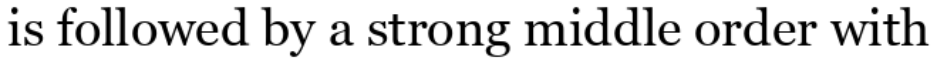
is followed by a strong middle order with